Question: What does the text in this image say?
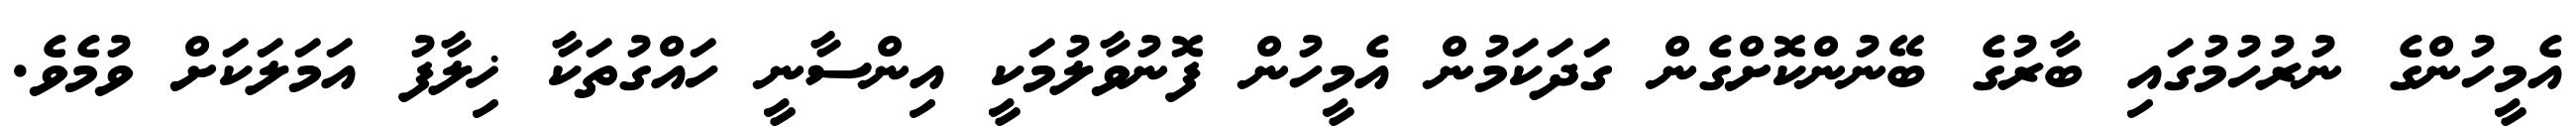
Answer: އެމީހުންގެ ނުރުހުމުގައި ބާރުގެ ބޭނުންކޮށްގެން ގަދަކަމުން އެމީހުން ފޮނުވާލުމަކީ އިންސާނީ ހައްގުތަކާ ޚިލާފު އަމަލަކަށް ވުމެވެ.